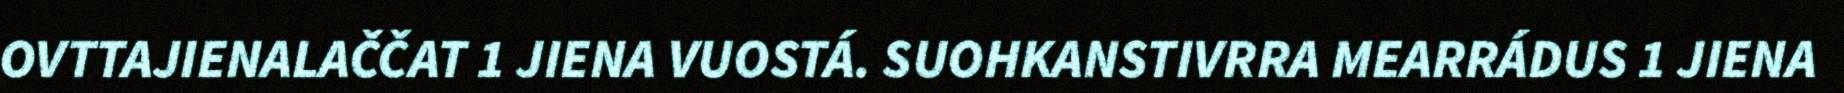
OVTTAJIENALAČČAT 1 JIENA VUOSTÁ. SUOHKANSTIVRRA MEARRÁDUS 1 JIENA